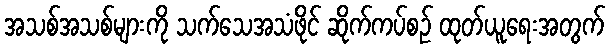
အသစ်အသစ်များကို သက်သေအသံဖိုင် ဆိုက်ကပ်စဉ် ထုတ်ယူရေးအတွက်